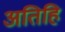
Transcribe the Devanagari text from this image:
अतिहि